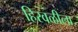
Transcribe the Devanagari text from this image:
हिरवळीला